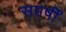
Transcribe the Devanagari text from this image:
सप्तर्षीं